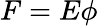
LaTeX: F=E\phi